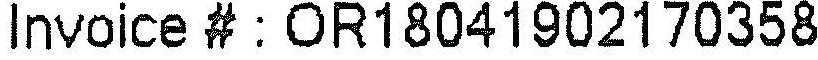
INVOICE # : OR18041902170358